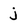
Character: j